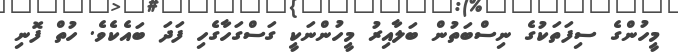
މީހުންގެ ސިފަތަކުގެ ނިސްބަތުން ބަލާއިރު މީހުންނަކީ ގަސްގަހާގެހި ފަދަ ބައެކެވެ. ހުތް ފޮނި